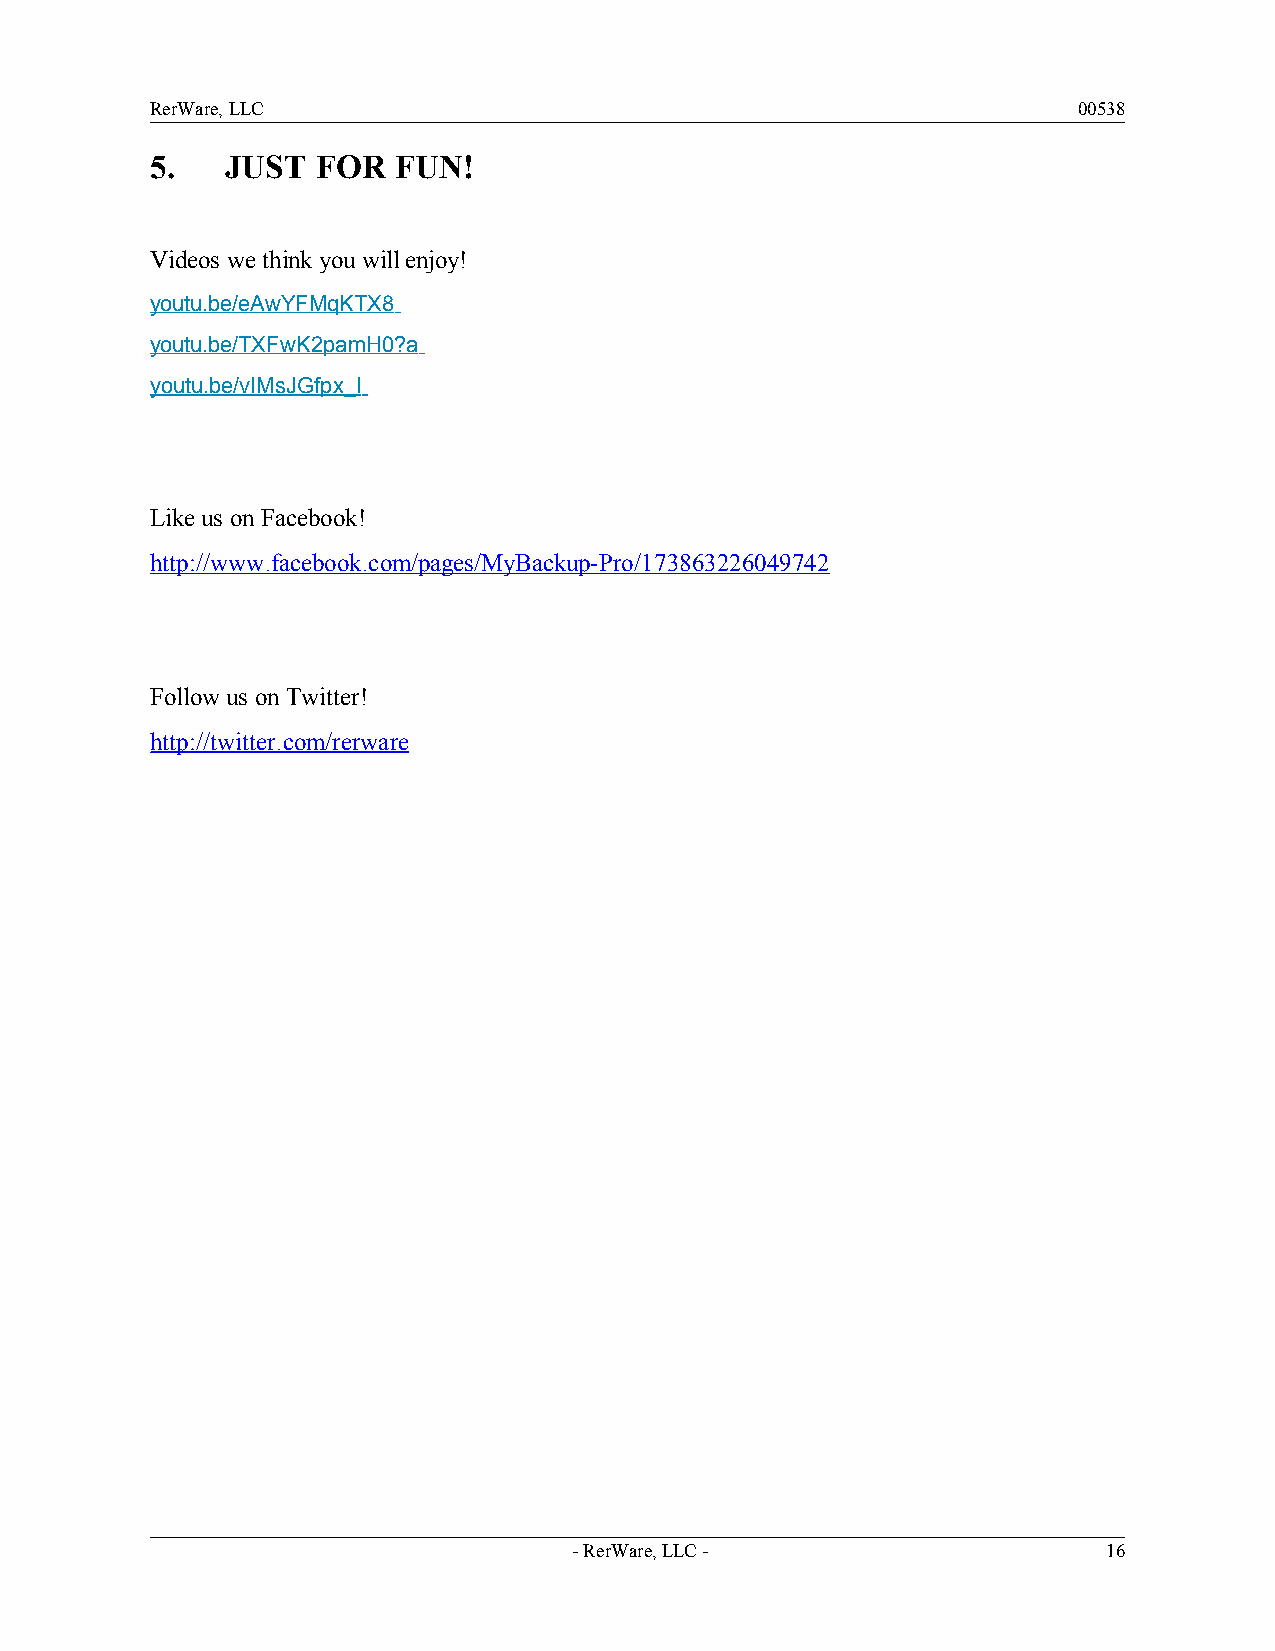
RerWare, LLC                                                 00538
 5.   JUST  FOR  FUN!
 Videos we think you will enjoy!
 youtu.be/eAwYFMqKTX8
 youtu.be/TXFwK2pamH0?a
 youtu.be/vIMsJGfpx_ I
 Like us on Facebook!
 http://www.facebook.com/pages/MyBackup-Pro/173863226049742
 Follow us on Twitter!
 http://twitter.com/rerware
 - RerWare, LLC -                   16